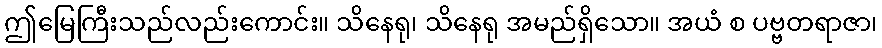
ဤမြေကြီးသည်လည်းကောင်း။ သိနေရု၊ သိနေရု အမည်ရှိသော။ အယံ စ ပဗ္ဗတရာဇာ၊